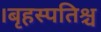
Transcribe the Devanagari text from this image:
।बृहस्पतिश्च